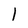
Character: 1